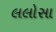
લલોસા